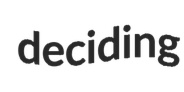
deciding